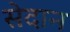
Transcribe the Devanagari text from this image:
सेदान